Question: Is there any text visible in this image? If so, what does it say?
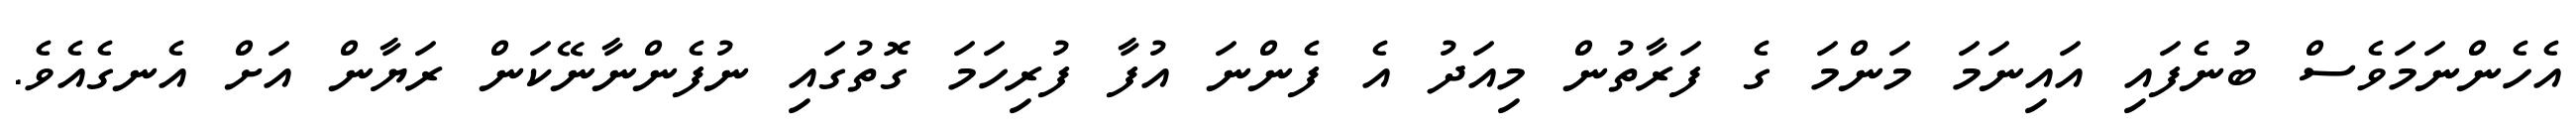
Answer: އެހެންނަމަވެސް ބުނެފައި އައިނަމަ މަންމަ ގެ ފަރާތުން މިއަދު އެ ފެންނަ އުފާ ފުރިހަމަ ގޮތުގައި ނުފެންނާނޭކަން ރަޔާން އަށް އެނގެއެވެ.